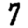
Digit: 7